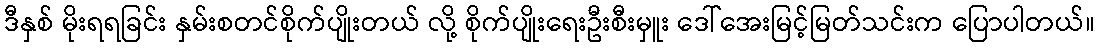
ဒီနှစ် မိုးရရခြင်း နှမ်းစတင်စိုက်ပျိုးတယ် လို့ စိုက်ပျိုးရေးဦးစီးမှူး ဒေါ်အေးမြင့်မြတ်သင်းက ပြောပါတယ်။